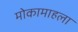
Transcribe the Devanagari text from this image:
मोकामाहला